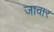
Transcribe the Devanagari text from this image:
जावार